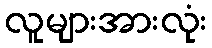
လူများအားလုံး